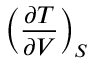
\left( { \frac { \partial T } { \partial V } } \right) _ { S }